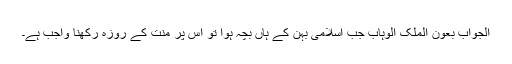
الجواب بعون الملک الوہاب جب اسلامی بہن کے ہاں بچہ ہوا تو اس پر منت کے روزہ رکھنا واجب ہے۔